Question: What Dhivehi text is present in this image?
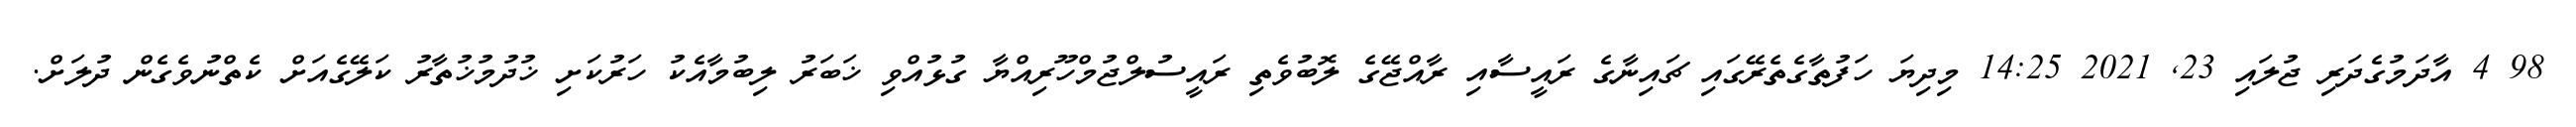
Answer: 98 4 އާދަމުގެދަރި ޖުލައި 23, 2021 14:25 މިދިޔަ ހަފުތާގެތެރޭގައި ޗައިނާގެ ރައީސާއި ރާއްޖޭގެ ލޮބުވެތި ރައީސުލްޖުމްހޫރިއްޔާ ގުޅުއްވި ޚަބަރު ލިބުމާއެކު ހަރުކަށި ޚުދުމުޚުތާރު ކަލޭގެއަށް ކެތްނުވެގެން ދުލަށް.